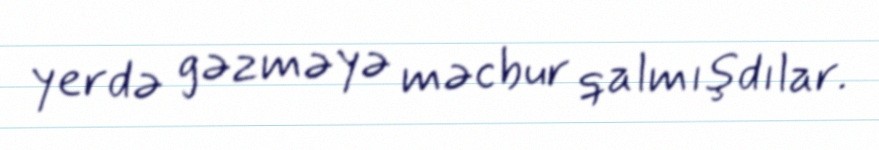
yerdə gəzməyə məcbur qalmışdılar.